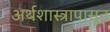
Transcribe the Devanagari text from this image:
अर्थशास्त्रापासून